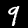
Digit: 9